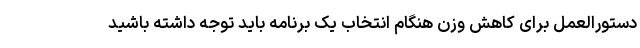
دستورالعمل برای کاهش وزن هنگام انتخاب یک برنامه باید توجه داشته باشید